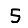
Digit: 5